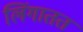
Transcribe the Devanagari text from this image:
लिंगातत